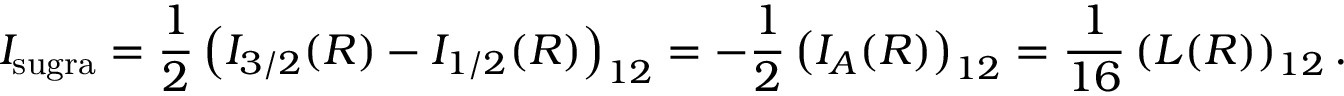
I _ { \mathrm { s u g r a } } = { \frac { 1 } { 2 } } \left( I _ { 3 / 2 } ( R ) - I _ { 1 / 2 } ( R ) \right) _ { 1 2 } = - { \frac { 1 } { 2 } } \left( I _ { A } ( R ) \right) _ { 1 2 } = { \frac { 1 } { 1 6 } } \left( L ( R ) \right) _ { 1 2 } .